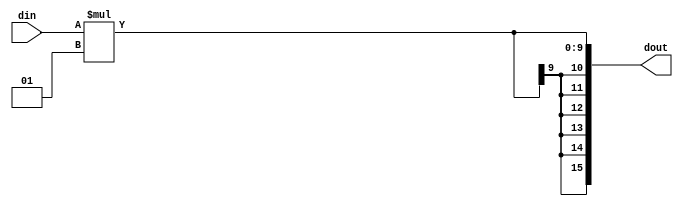
module zgain(
    din, // Digital input
    dout // Digital output
);

parameter n = 8;    // width of digital input and output
parameter gain = 1; // gain parameter

input [n-1:0] din;
output [2*n-1:0] dout;

wire signed[n-1:0] din;
reg signed[2*n-1:0] dout;

always @ (din)
begin
    dout <= din * gain;
end

endmodule